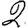
Digit: 2